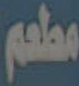
مطعم